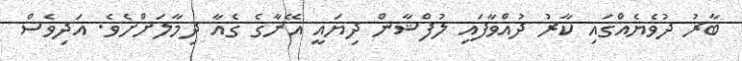
ބާރު ދުވެޔެއްގައި ކާރު ދުއްވާފައި ލުފްޝާން ދިޔައީ އޭނާގެ ގެއާ ދިމާލަށްށެވެ. އަދިވެސް